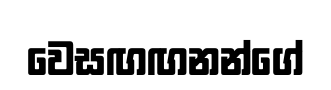
වෙසඟඟනන්ගේ